On the importance of larval characters in the classification of mosquitoes - Number 25
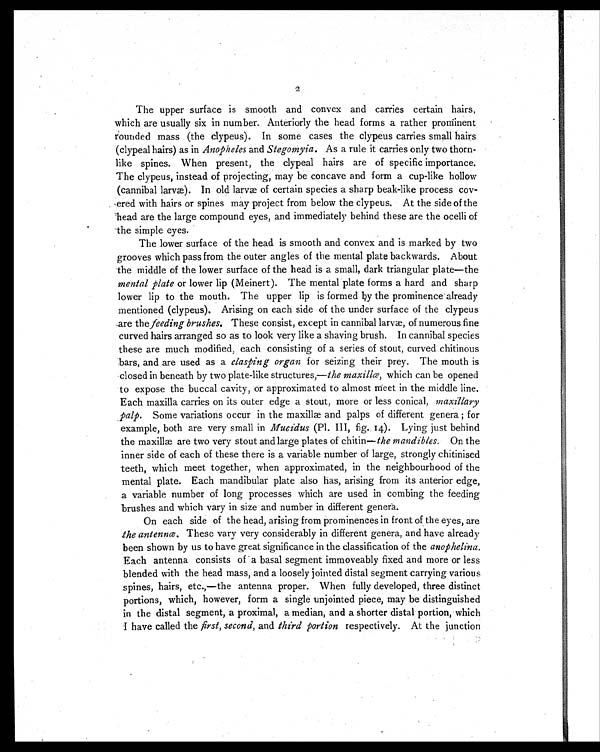
The upper surface is smooth and convex and carries certain hairs,
2
which are usually six in number. Anteriorly the head forms a rather prominent
rounded mass (the clypeus). In some cases the clypeus carries small hairs
(clypeal hairs) as in Anopheles and Stegomyia. As a rule it carries only two thorn-
like spines. When present, the clypeal hairs are of specific importance.
The clypeus, instead of projecting, may be concave and form a cup-like hollow
(cannibal larvæ). In old larvæ of certain species a sharp beak-like process cov-
ered with hairs or spines may project from below the clypeus. At the side of the
head are the large compound eyes, and immediately behind these are the ocelli of
the simple eyes.
The lower surface of the head is smooth and convex and is marked by two
grooves which pass from the outer angles of the mental plate backwards. About
the middle of the lower surface of the head is a small, dark triangular plate—the
mental plate or lower lip (Meinert). The mental plate forms a hard and sharp
lower lip to the mouth. The upper lip is formed by the prominence already
mentioned (clypeus). Arising on each side of the under surface of the clypeus
are the feeding brushes. These consist, except in cannibal larvæ, of numerous fine
curved hairs arranged so as to look very like a shaving brush. In cannibal species
these are much modified, each consisting of a series of stout, curved chitinous
bars, and are used as a clasping organ for seizing their prey. The mouth is
closed in beneath by two plate-like structures,— the maxillæ, which can be opened
to expose the buccal cavity, or approximated to almost meet in the middle line.
Each maxilla carries on its outer edge a stout, more or less conical, maxillary
palp. Some variations occur in the maxillæ and palps of different genera ; for
example, both are very small in Mucidus (Pl. III, fig. 14). Lying just behind
the maxillæ are two very stout and large plates of chitin— the mandibles. On the
inner side of each of these there is a variable number of large, strongly chitinised
teeth, which meet together, when approximated, in the neighbourhood of the
mental plate. Each mandibular plate also has, arising from its anterior edge,
a variable number of long processes which are used in combing the feeding
brushes and which vary in size and number in different genera.
On each side of the head, arising from prominences in front of the eyes, are
the antennæ. These vary very considerably in different genera, and have already
been shown by us to have great significance in the classification of the anophelina.
Each antenna consists of a basal segment immoveably fixed and more or less
blended with the head mass, and a loosely jointed distal segment carrying various
spines, hairs, etc.,—the antenna proper. When fully developed, three distinct
portions, which, however, form a single unjointed piece, may be distinguished
in the distal segment, a proximal, a median, and a shorter distal portion, which
I have called the first, second, and third portion respectively. At the junction